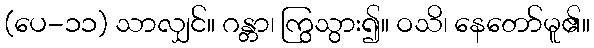
(ပေ-၁၁) သာလျှင်။ ဂန္တာ၊ ကြွသွား၍။ ဝသိ၊ နေတော်မူ၏။